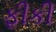
ફીકી